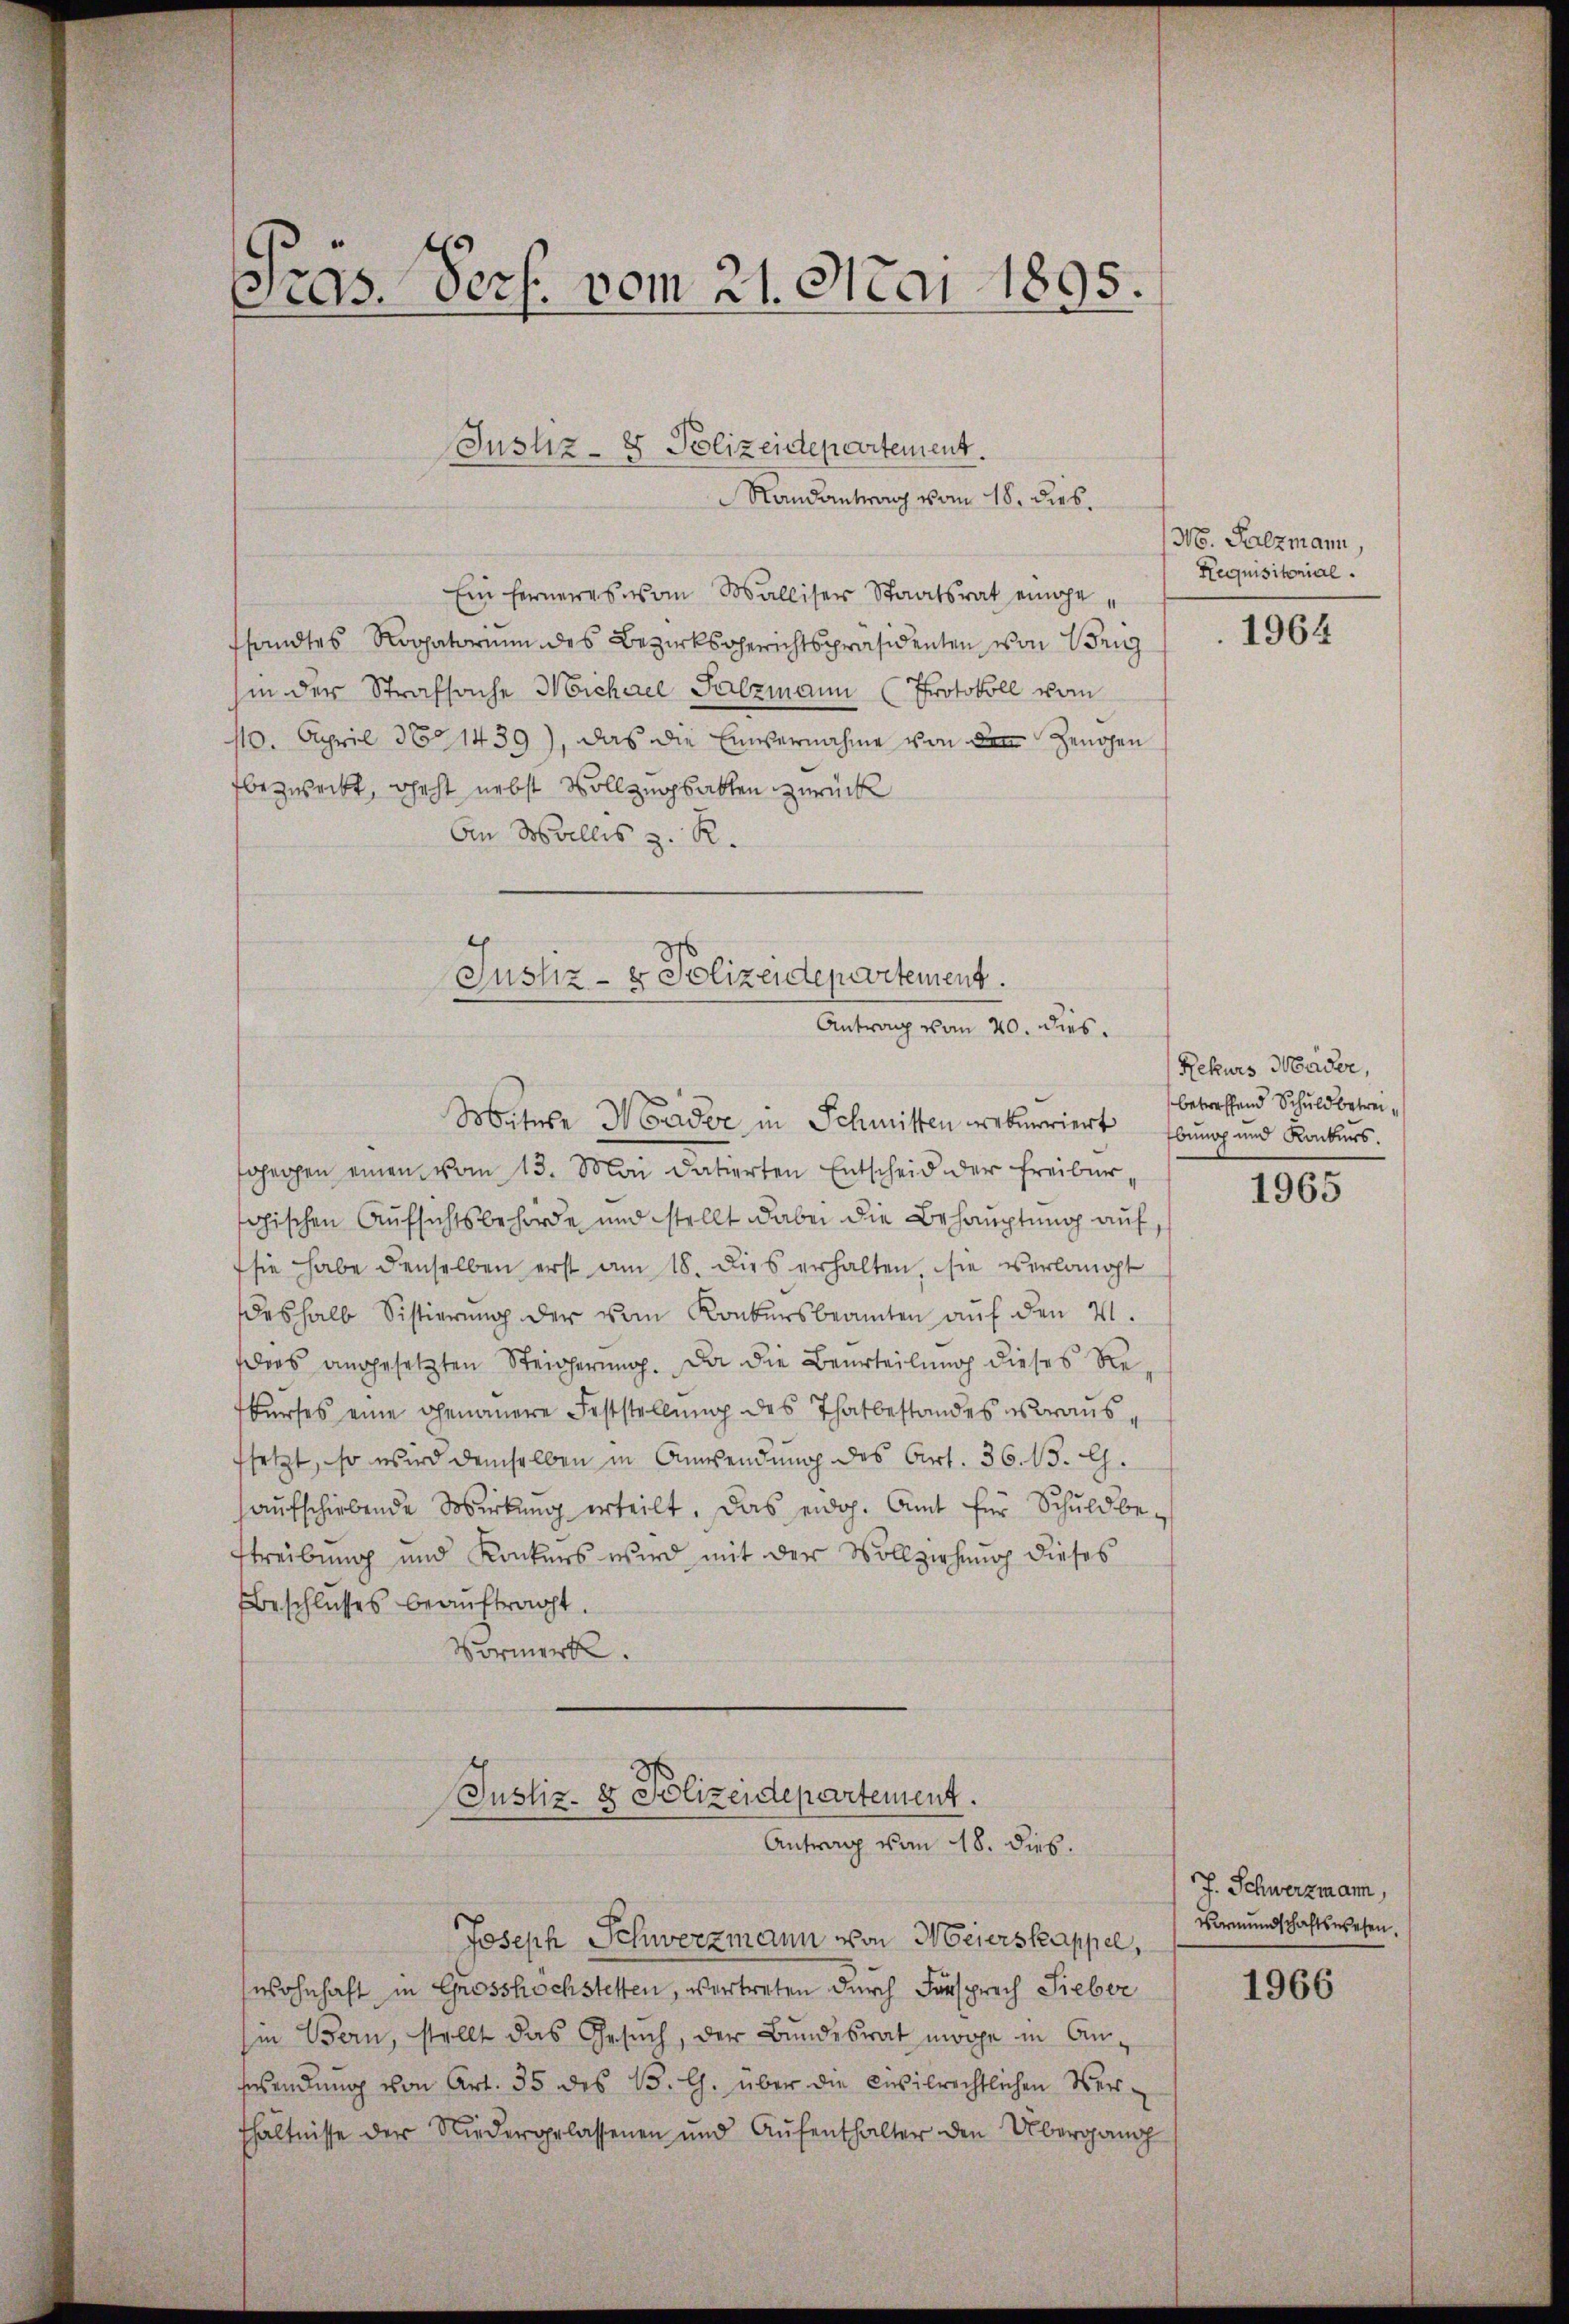
Pras. Pers. vom 21. Mai 1895.

Ein ferneres vom Walliser Staatsrat eingesandtes Rogatorium des Bezirksgerichtspräsidenten von Weig
in der Strafsache Michael Salzmann (Protokoll vom
110. April 360. 1439), das die Einvernahme von den Zeugen
fbezweckt, geht nebst Vollzugbatten zurück
An Malles z. R.

sgegen einen vom 13. Mai datierten Entscheid der Freiburchischen Aufsichtsbehörde und stellt dabei die Behauptung auf
sie habe denselben erst am 18. Dies erhalten, sie verlangt
deshalb Sistierŭng der vom Konkursbeamten aŭf den V.
ders angesetzten Steigerung. Da die Beurteilung dieses Rekurses eine genauere Feststellung des Thatbestandes voraussetzt, so wird demselben in Anwendung des Art. 36. 13. G.
aŭfschiebende Wirkung erteilt. Das eidg. Amt für Schuldbestreibung und Konkurs wird mit der Vollziehung dieses
Beschlusses beaŭftragt.
Vormerk.

wohnhaft in Grosshöchstetten, vertreten durch Fürsprech Sieber
in Bern, stellt das Gesuch, der Bundesrat morge in An-
swendung von Art. 35 des 15. Ch. über die civilrechtlichen Ver-
fhältnisse der Niedergelassenen und Aŭfenthalter den Übergang

Justiz- & Polizeidepartement.
Randantrag vom 18. dies

Justiz- & Polizeidepartement.
Antrag vom 20. dies
Mitere Hander in Schmitten rekurriert

Justiz- & Polizeidepartement.
Antrag vom 18. dies.

Joseph Schwerzmann von Meierskappel,

N. Salzmann,
Requisitorial.

1964

Rekurs Mäder,
betreffend Schuldbetreibung und Konkurs.

1965

J. Schwerzmann,
Vormundschaftswesen.

1966